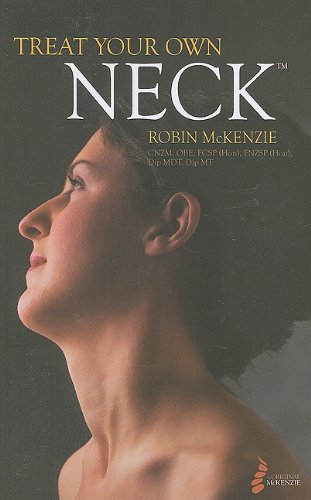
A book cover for Treat Your Own Neck 5th Ed (803-5); Robin McKenzie; Health, Fitness & Dieting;